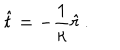
LaTeX: \hat { t } = - \frac { 1 } { \kappa } \hat { r } \, .